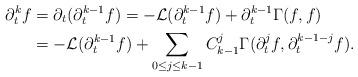
LaTeX: \begin{align*}\partial_t^k f&=\partial_t (\partial_t^{k-1}f)=-\mathcal L(\partial_t^{k-1} f)+\partial_t^{k-1} \Gamma(f, f)\\&=-\mathcal L(\partial_t^{k-1} f)+\sum_{0\le j\le k-1}C^j_{k-1}\Gamma(\partial^j_tf,\partial^{k-1-j}_tf).\end{align*}